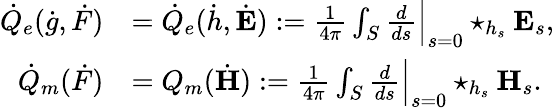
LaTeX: \begin{array}{rl}{\dot{Q}_{e}(\dot{g},\dot{F})}&{=\dot{Q}_{e}(\dot{h},\dot{\mathbf{E}}):=\frac{1}{4\pi}\int_{S}\frac{d}{ds}\Big\lvert_{s=0}\star_{h_{s}}\mathbf{E}_{s},}\\ {\dot{Q}_{m}(\dot{F})}&{=Q_{m}(\dot{\mathbf{H}}):=\frac{1}{4\pi}\int_{S}\frac{d}{ds}\Big\lvert_{s=0}\star_{h_{s}}\mathbf{H}_{s}.}\end{array}